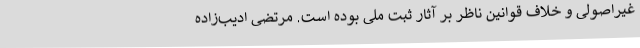
غیراصولی و خلاف قوانین ناظر بر آثار ثبت ملی بوده است. مرتضی ادیب‌زاده